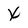
Character: x